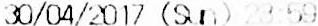
30/04/2017 (SUN) 23:59